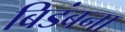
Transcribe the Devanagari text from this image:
बिडंबना